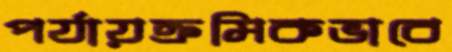
পর্যায়ক্রমিকভাবে